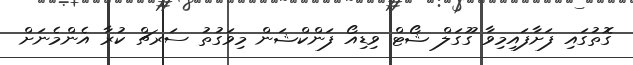
ގޮތުގައި ފަށާފައިމިވާ ގޫގަލް ޝޯޓް ވިޑިއޯ ފަންކްޝަން މިވަގުތު ސަރޗް ކުރާ އެންމެނަށް